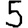
Digit: 5